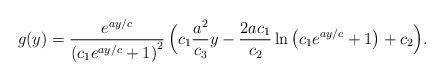
LaTeX: \begin{align*}g(y)=\frac{e^{ay/c}}{\left( c_{1}e^{ay/c}+1\right) ^{2}}\,\Big(c_{1}\frac{a^{2}}{c_{3}}y-\frac{2ac_{1}}{c_{2}}\ln \left( c_{1}e^{ay/c}+1\right) +c_{2}\Big).\end{align*}